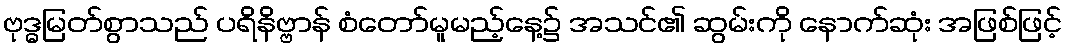
ဗုဒ္ဓမြတ်စွာသည် ပရိနိဗ္ဗာန် စံတော်မူမည့်နေ့၌ အသင်၏ ဆွမ်းကို နောက်ဆုံး အဖြစ်ဖြင့်